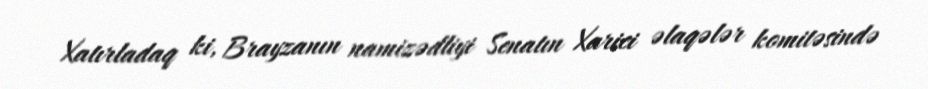
Xatırladaq ki, Brayzanın namizədliyi Senatın Xarici əlaqələr komitəsində